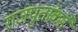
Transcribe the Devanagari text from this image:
राजपुतांकडे